Notes on the propagation and cultivation of the medicinal cinchonas, or Peruvian bark trees
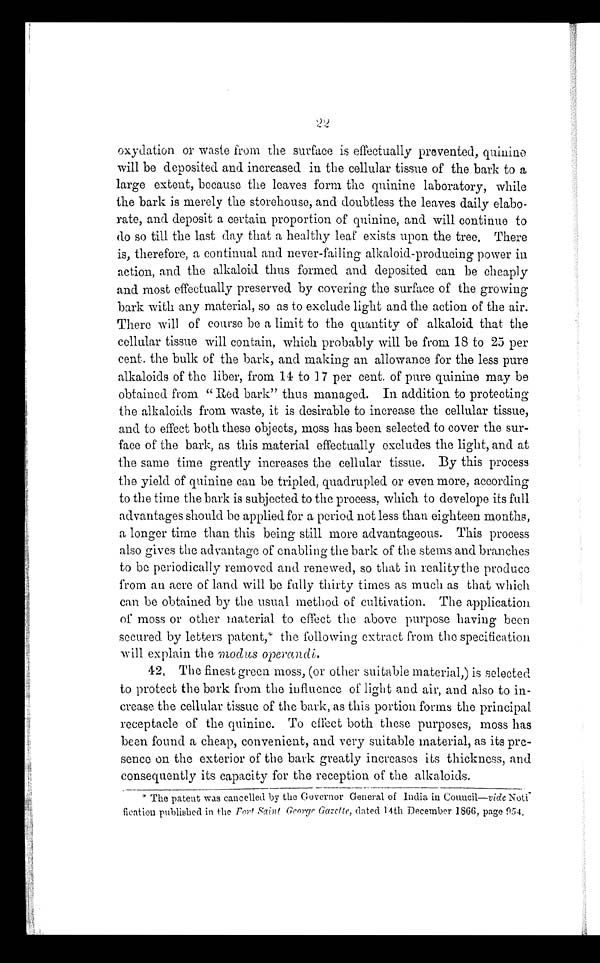
22
oxydation or waste from the surface is effectually prevented, quinine
will be deposited and increased in the cellular tissue of the bark to a
large extent, because the leaves form the quinine laboratory, while
the bark is merely the storehouse, and doubtless the leaves daily elabo-
rate, and deposit a certain proportion of quinine, and will continue to
do so till the last day that a healthy leaf exists upon the tree. There
is, therefore, a continual and never-failing alkaloid-producing power in
action, and the alkaloid thus formed and deposited can be cheaply
and most effectually preserved by covering the surface of the growing
bark with any material, so as to exclude light and the action of the air.
There will of course be a limit to the quantity of alkaloid that the
cellular tissue will contain, which probably will be from 18 to 25 per
cent. the bulk of the bark, and making an allowance for the less pure
alkaloids of the liber, from 14 to 17 per cent. of pure quinine may be
obtained from " Red bark" thus managed. In addition to protecting
the alkaloids from waste, it is desirable to increase the cellular tissue,
and to effect both these objects, moss has been selected to cover the sur-
face of the bark, as this material effectually excludes the light, and at
the same time greatly increases the cellular tissue. By this process
the yield of quinine can be tripled, quadrupled or even more, according
to the time the bark is subjected to the process, which to develope its full
advantages should be applied for a period not less than eighteen months,
a longer time than this being still more advantageous. This process
also gives the advantage of enabling the bark of the stems and branches
to be periodically removed and renewed, so that in reality the produce
from an acre of land will be fully thirty times as much as that which
can be obtained by the usual method of cultivation. The application.
of moss or other material to effect the above purpose having been
secured by letters patent,* the following extract from the specification
will explain the modus operandi.
42, The finest green moss, (or other suitable material,) is selected
to protect the bark from the influence of light and air, and also to in-
crease the cellular tissue of the bark, as this portion forms the principal
receptacle of the quinine. To effect both these purposes, moss has
been found a cheap, convenient, and very suitable material, as its pre-
sence on the exterior of the bark greatly increases its thickness, and
consequently its capacity for the reception of the alkaloids.
* The patent was cancelled by the Governor General of India in Council—vide Noti
-fication published in the Fort . Saint George Gazette, dated 14th December 1866, page 954.